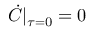
\dot { C } | _ { \tau = 0 } = 0